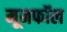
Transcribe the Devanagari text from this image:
मूनफॉल